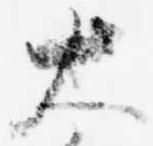
大